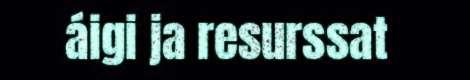
áigi ja resurssat